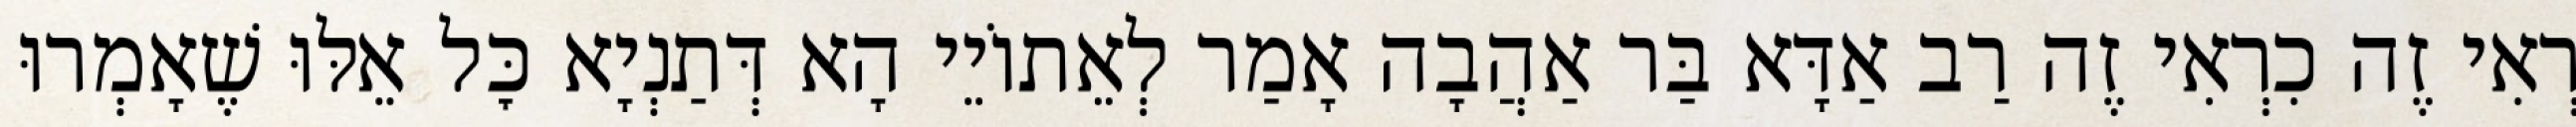
רְאִי זֶה כִרְאִי זֶה רַב אַדָּא בַּר אַהֲבָה אָמַר לְאֵתוֹיֵי הָא דְּתַנְיָא כׇּל אֵלּוּ שֶׁאָמְרוּ